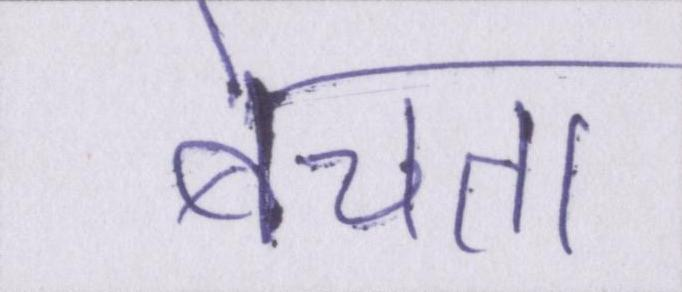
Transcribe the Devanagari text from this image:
बेचता